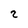
Character: 2